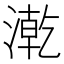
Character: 漧